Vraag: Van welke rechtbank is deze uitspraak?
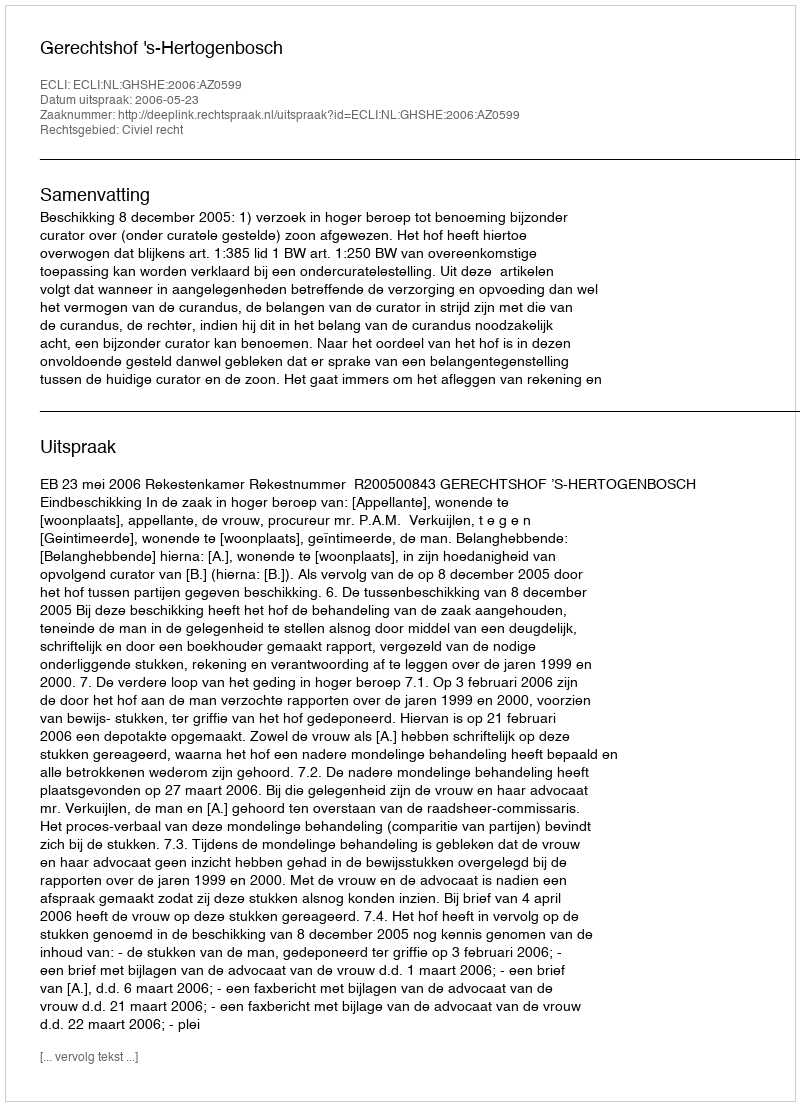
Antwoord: Gerechtshof 's-Hertogenbosch